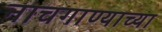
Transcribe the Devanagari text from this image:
नाचगाण्याच्या